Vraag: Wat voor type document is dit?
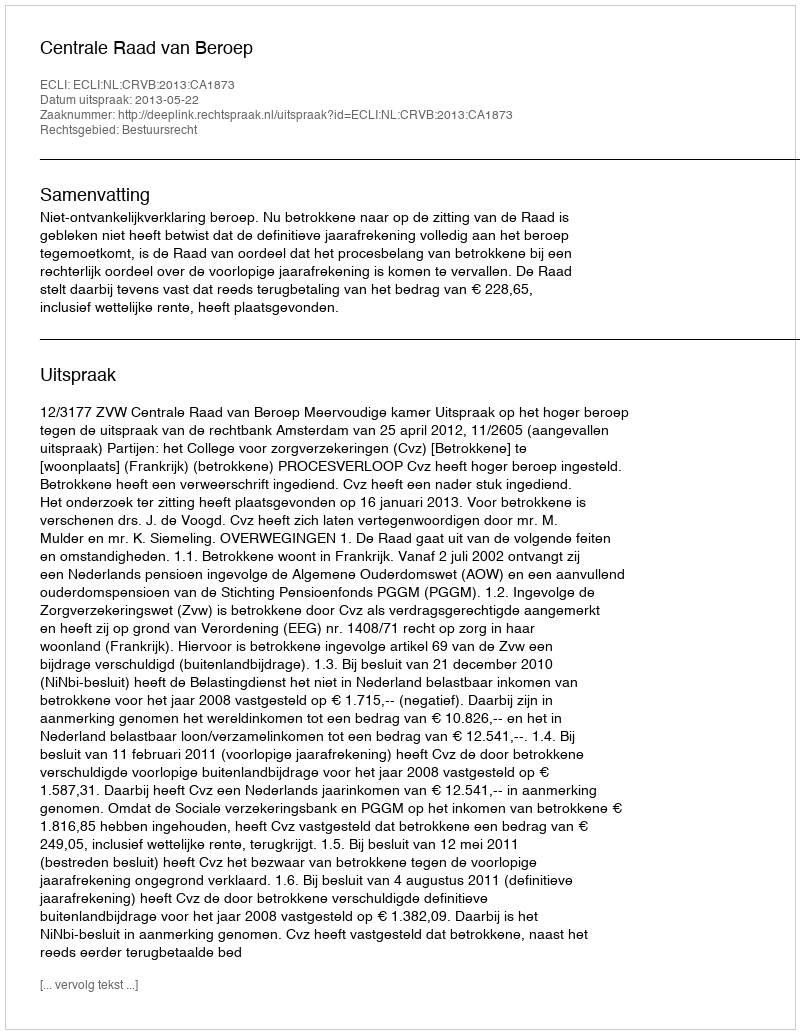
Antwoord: Uitspraak